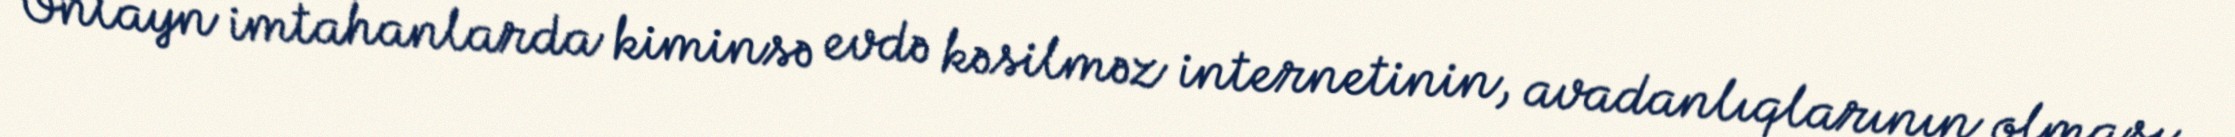
Onlayn imtahanlarda kiminsə evdə kəsilməz internetinin, avadanlıqlarının olması